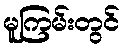
မူကြမ်းတွင်